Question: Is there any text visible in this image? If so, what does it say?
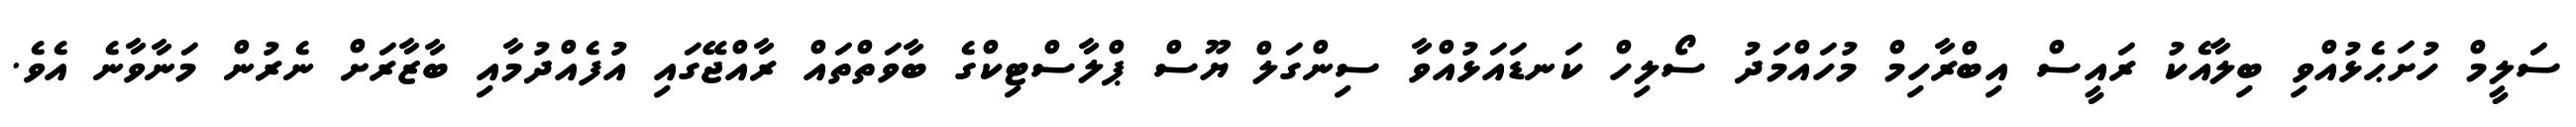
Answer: ސަލީމް ހުށަޙެޅުއްވި ބިލާއެކު ރައީސް އިބްރާހިމް މުހައްމަދު ސޯލިހް ކަނޑައަޅުއްވާ ސިންގަލް ޔޫސް ޕްލާސްޓިކްގެ ބާވަތްތައް ރާއްޖޭގައި އުފެއްދުމާއި ބާޒާރަށް ނެރުން މަނާވާނެ އެވެ.